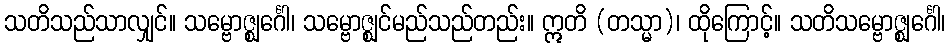
သတိသည်သာလျှင်။ သမ္ဗောဇ္ဈင်္ဂေါ၊ သမ္ဗောဇ္ဈင်မည်သည်တည်း။ ဣတိ (တသ္မာ)၊ ထိုကြောင့်။ သတိသမ္ဗောဇ္ဈင်္ဂေါ၊